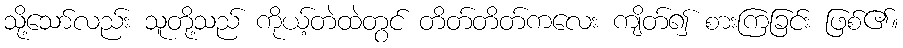
သို့သော်လည်း သူတို့သည် ကိုယ့်တဲထဲတွင် တိတ်တိတ်ကလေး ကျိတ်၍ စားကြခြင်း ဖြစ်၏။